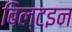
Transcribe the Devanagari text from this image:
बिल्टइन